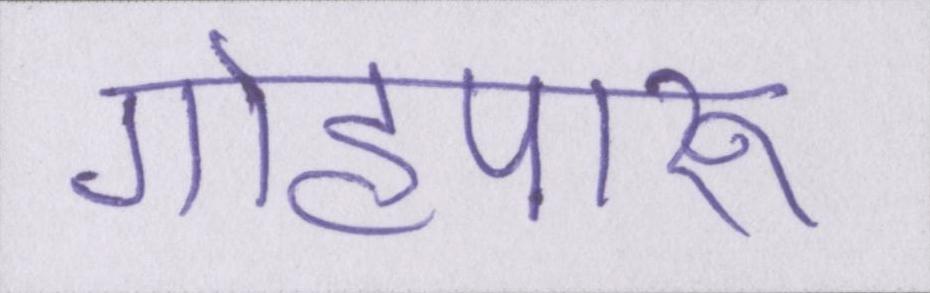
गोहपारू